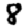
Digit: 8